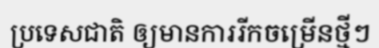
ប្រទេសជាតិ ឲ្យមានការរីកចម្រើនថ្មីៗ